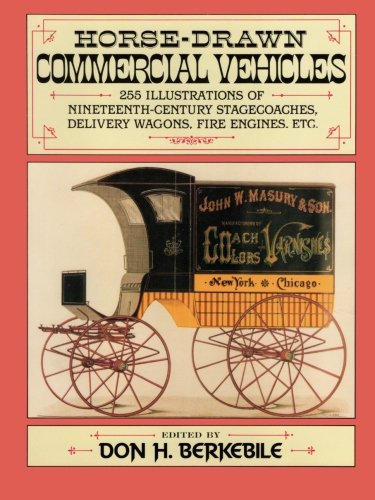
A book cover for Horse-Drawn Commercial Vehicles; Crafts, Hobbies & Home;